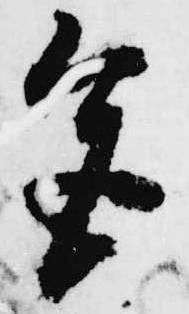
色